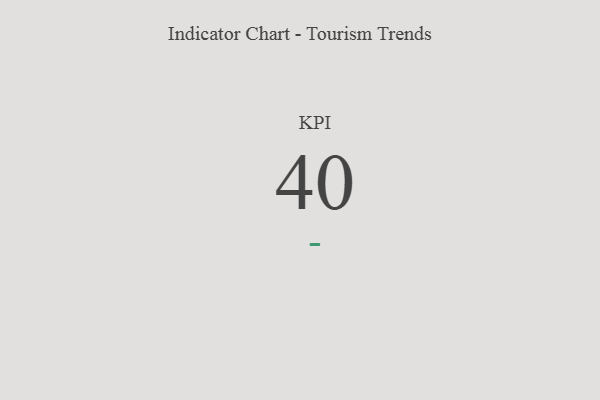
{"axis": {"x": "KPI", "y": "Value"}, "legend": [""], "data": [{"x": "KPI", "y": 40, "type": ""}]}